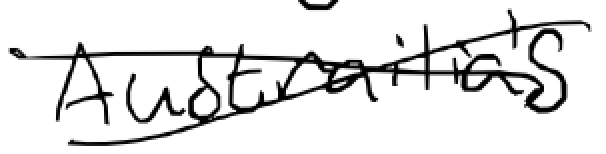
Text: Australian's
Cross-out: cross
Writing tool: digital_black